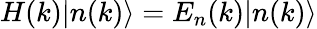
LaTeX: H(k)|n(k)\rangle=E_{n}(k)|n(k)\rangle